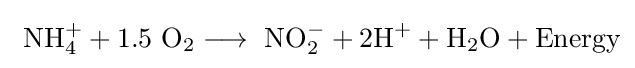
\mathrm {\ NH_{4}^{+}+1.5\ O_{2}\longrightarrow \ NO_{2}^{-}+2H^{+}+H_{2}O+Energy}